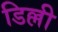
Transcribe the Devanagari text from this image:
डिल्ली